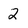
Character: 2